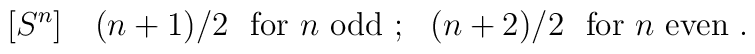
[S^{n}]~~~ (n+1)/2~~{\rm for}~n~ {\rm odd}~;~~ (n+2)/2~~{\rm for}{}~n~ {\rm even}~.